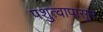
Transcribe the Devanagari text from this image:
पशुत्वापासून